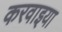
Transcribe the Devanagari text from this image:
करवाइया